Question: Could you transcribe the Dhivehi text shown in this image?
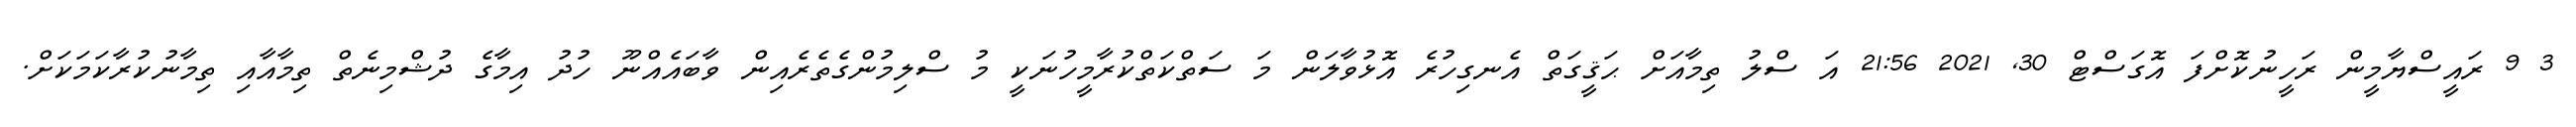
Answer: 3 9 ރައީސްޔާމީން ރަހީނުކޮށްފަ އޮގަސްޓް 30, 2021 21:56 އަ ސްލު ތިމާއަށް ޙަޤީގަތް އެނގިހުރެ އޮޅުވާލަން މަ ސަތްކަތްކުރާމީހުނަކީ މު ސްލިމުންގެތެރެއިން ވާބައެއްނޫ ހުދު އިމާގެ ދުޝްމިނެތް ތިމާއާއި ތިމާނުކުރާކަމަކަށް.